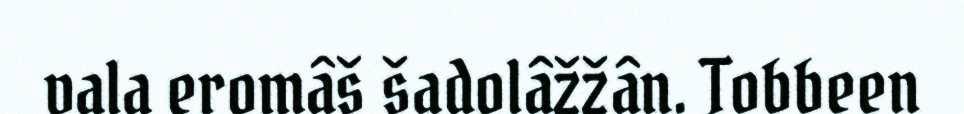
vala eromâš šadolâžžân. Tobbeen